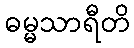
ဓမ္မသာရီတိ